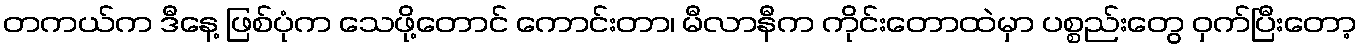
တကယ်က ဒီနေ့ ဖြစ်ပုံက သေဖို့တောင် ကောင်းတာ၊ မီလာနီက ကိုင်းတောထဲမှာ ပစ္စည်းတွေ ဝှက်ပြီးတော့